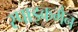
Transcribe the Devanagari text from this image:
स्पाइकमैन